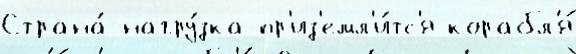
Страна́ нагру́зка пр'из'емл'и́тс'я корабл'я́